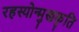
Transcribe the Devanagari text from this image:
रहस्योन्मुखकृति